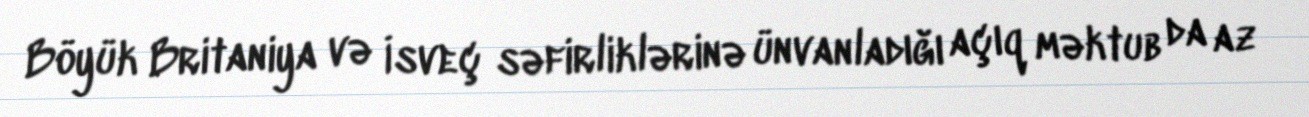
Böyük Britaniya və İsveç səfirliklərinə ünvanladığı açıq məktub da az